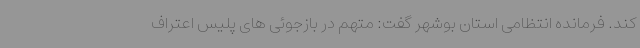
کند. فرمانده انتظامی استان بوشهر گفت: متهم در بازجوئی های پلیس اعتراف